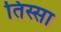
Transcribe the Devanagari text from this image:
तिस्सा